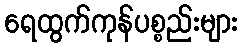
ရေထွက်ကုန်ပစ္စည်းများ